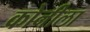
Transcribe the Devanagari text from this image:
कोनीला